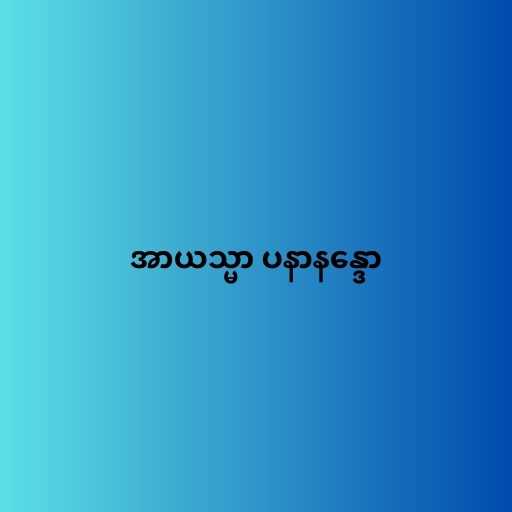
အာယသ္မာ ပနာနန္ဒော